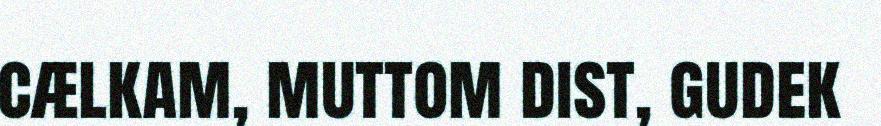
cælkam, muttom dist, gudek